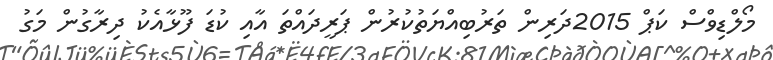
މޯލްޑިވްސް ކަޕް 2015ދަރިން ތަރުބިއްޔަތުކުރުން ޕަރީދައްތަ އާއި ކުޑަ ފޫޅާއެކު ދިރާގުން މަގު